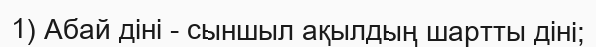
1) Абай діні - сыншыл ақылдың шартты діні;